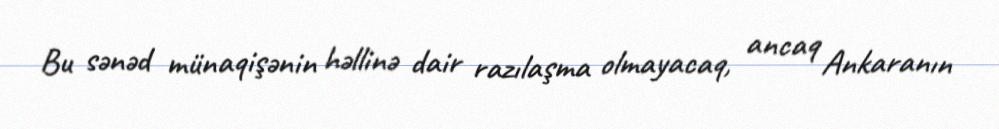
Bu sənəd münaqişənin həllinə dair razılaşma olmayacaq, ancaq Ankaranın